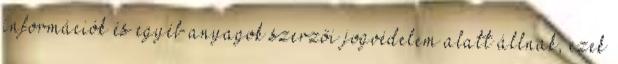
információk és egyéb anyagok szerzői jogvédelem alatt állnak, ezek